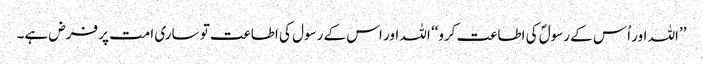
’’اللہ اور اُس کے رسولؐ کی اطاعت کرو‘‘ اللہ اور اس کے رسول کی اطاعت تو ساری امت پر فرض ہے۔